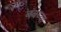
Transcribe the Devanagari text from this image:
बंबय्या